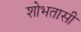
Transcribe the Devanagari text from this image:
शोभतासी